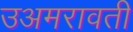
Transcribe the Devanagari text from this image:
उअमरावती